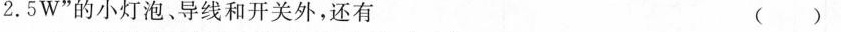
2.5W”的小灯泡、导线和开关外，还有 ()